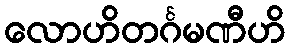
လောဟိတင်္ဂမဏီဟိ